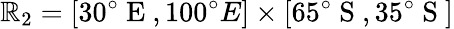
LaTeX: \mathbb{R}_{2}=[30^{\circ}\mathrm{{~E~}},100^{\circ}{E}]\times[65^{\circ}\mathrm{{~S~}},35^{\circ}\mathrm{{~S~}}]